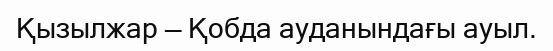
Қызылжар — Қобда ауданындағы ауыл.